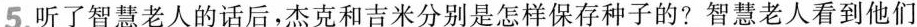
5.听了智慧老人的话后，杰克和吉米分别是怎样保存种子的?智慧老人看到他们